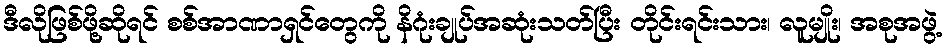
ဒီလိုဖြစ်ဖို့ဆိုရင် စစ်အာဏာရှင်တွေကို နိဂုံးချုပ်အဆုံးသတ်ပြီး တိုင်းရင်းသား၊ လူမျိုး၊ အစုအဖွဲ့